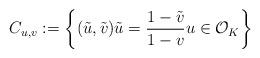
LaTeX: \begin{align*}C_{u,v}:=\left\{ (\tilde{u},\tilde{v})\tilde{u}=\frac{1-\tilde{v}}{1-v}u\in\mathcal{O}_{K}\right\} \end{align*}